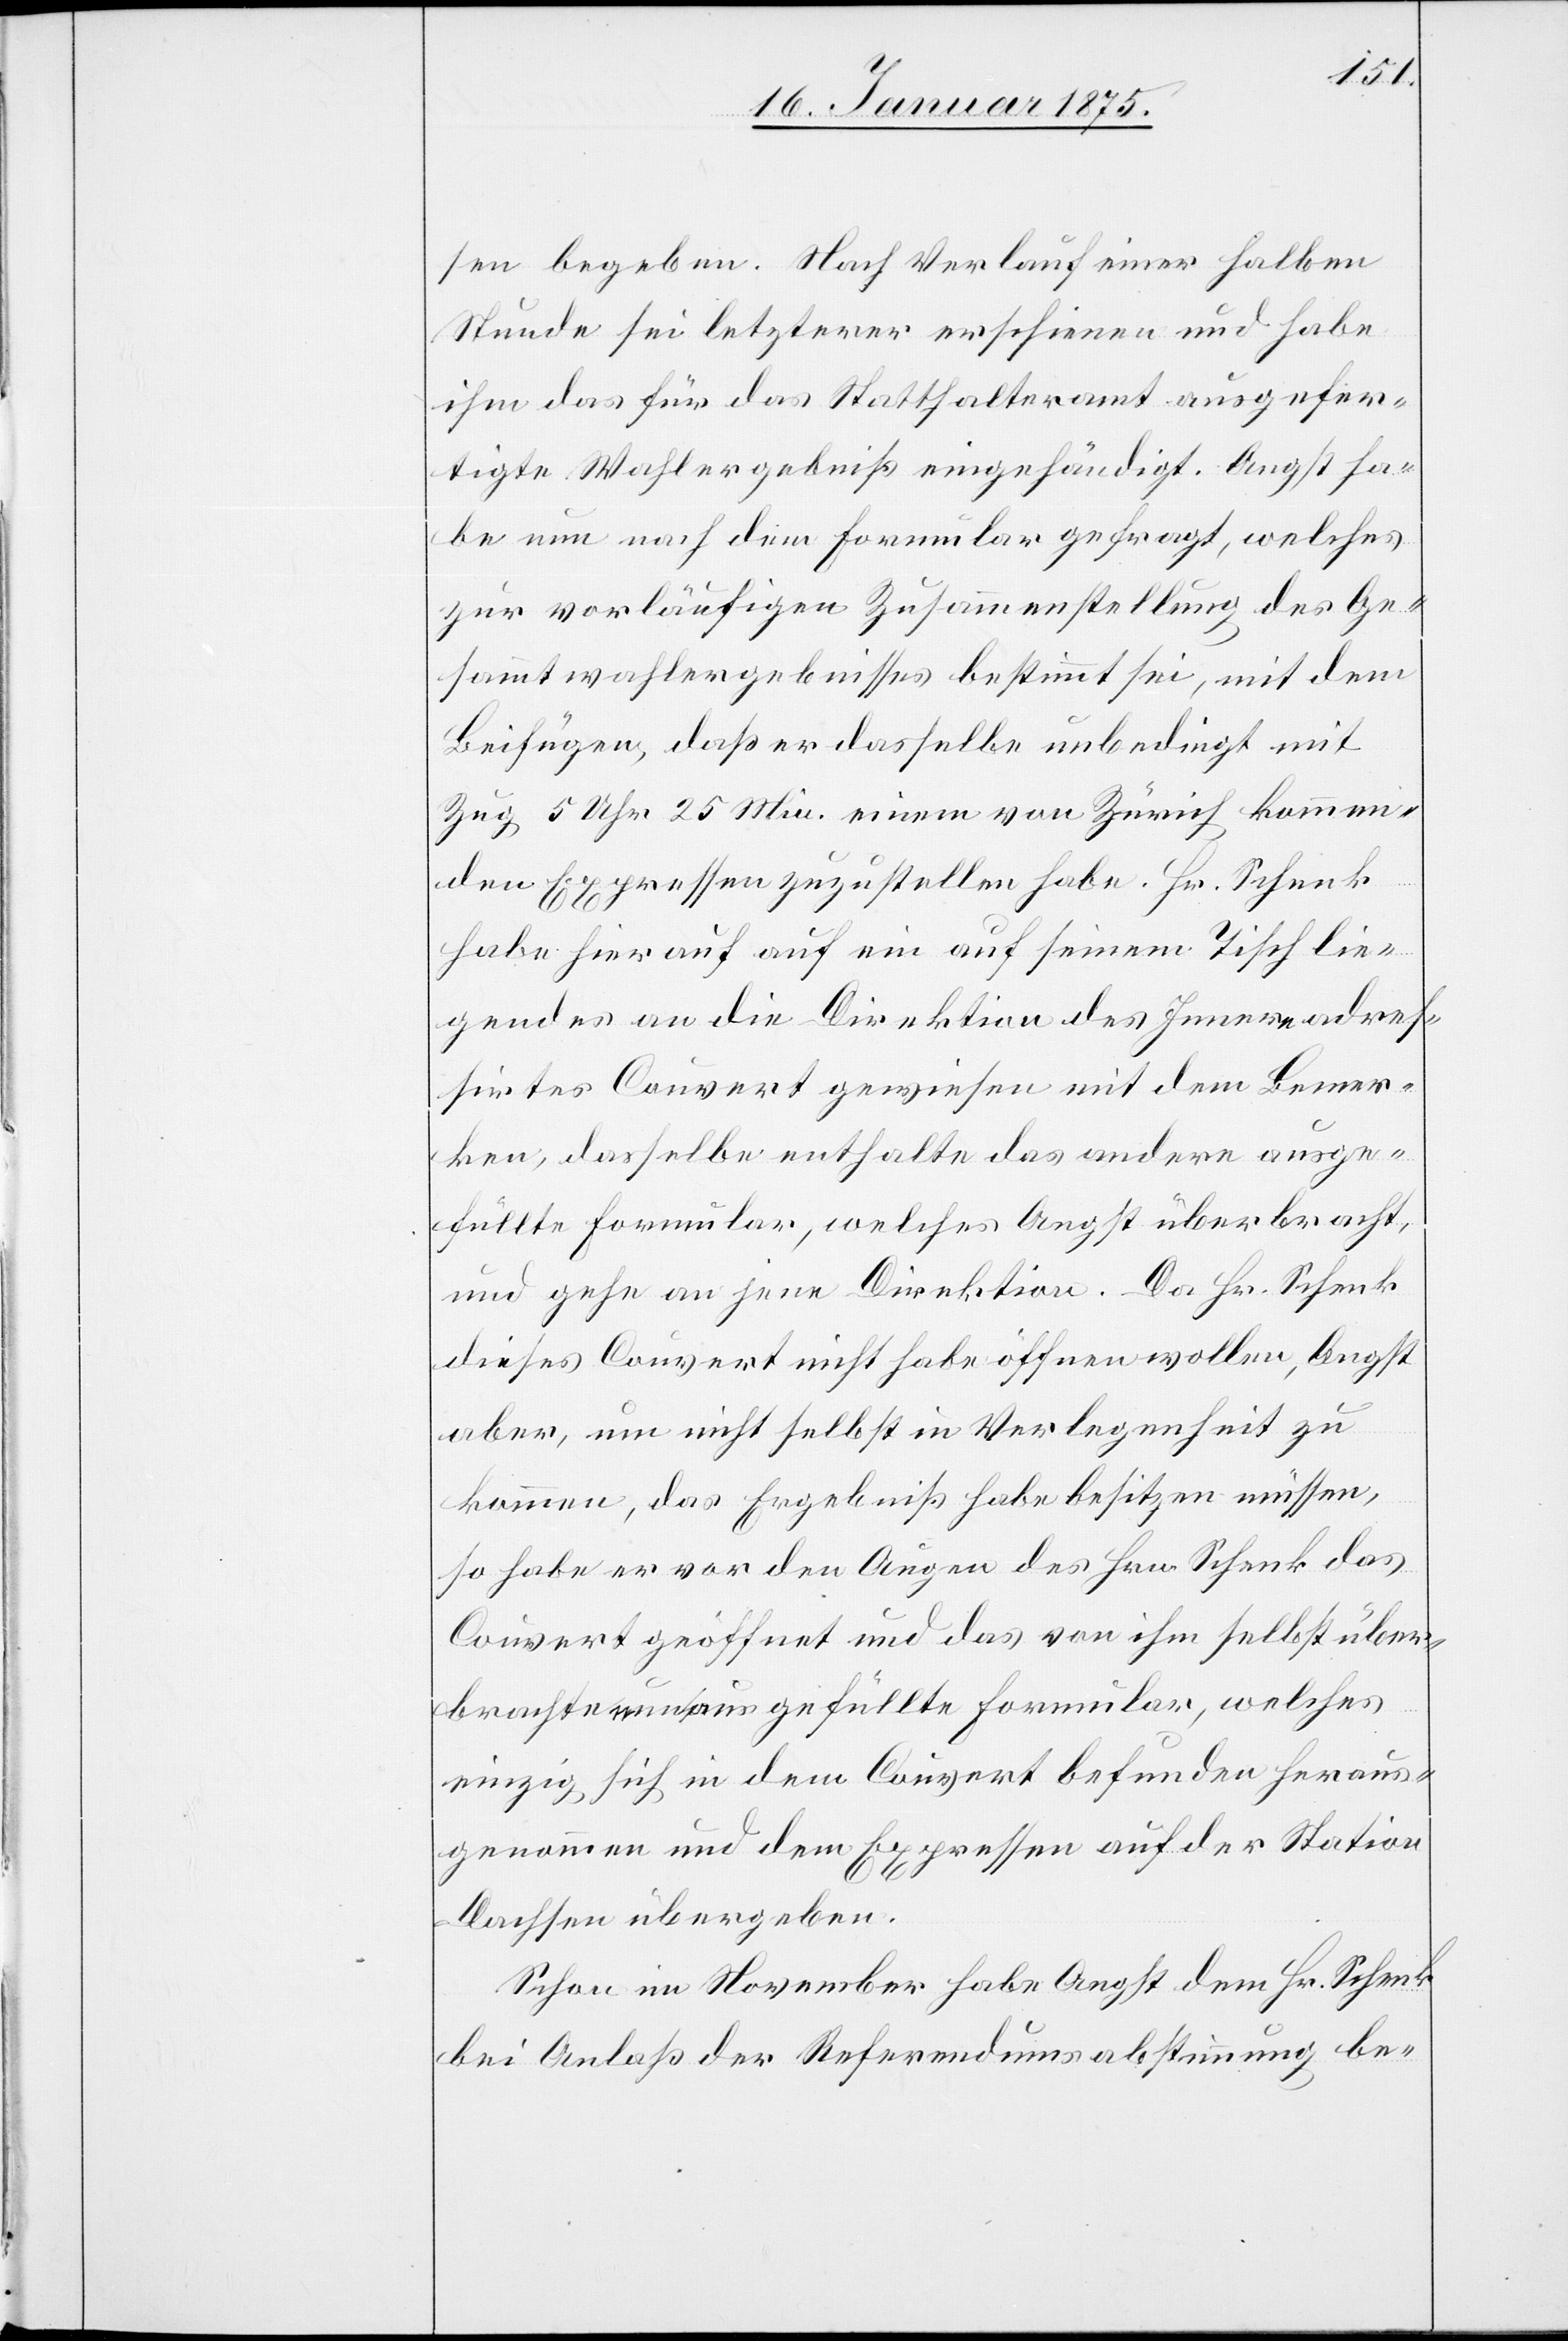
sen begeben. Nach Verlauf einer halben
Stunde sei letzterer erschienen und habe
ihm das für das Statthalteramt ausgefer¬
tigte Wahlergebniß eingehändigt. Angst ha¬
be nun nach dem Formular gefragt, welches
zur vorläufigen Zusammenstellung des Ge¬
sammtwahlergebisses bestimmt sei, mit dem
Beifügen, daß er dasselbe unbedingt mit
Zug 5 Uhr 25 Min. einem von Zürich kommen¬
den Expressen zuzustellen habe. Hr. Schenk
habe hierauf auf ein auf seinem Tisch lie¬
gendes an die Direktion des Innern adres¬
sirtes Couvert gewiesen mit dem Bemer¬
ken, dasselbe enthalte das andere ausge¬
füllte Formular, welches Angst überbracht,
und gehe an jene Direktion. Da Hr. Schenk
dieses Couvert nicht habe öffnen wollen, Angst
aber, um nicht selbst in Verlegenheit zu
kommen, das Ergebniß habe besitzen müssen,
so habe er vor den Augen des Herrn Schenk das
Couvert geöffnet und das von ihm selbst über¬
brachte nun ausgefüllte Formular, welches
einzig sich in dem Couvert befunden heraus¬
genommen und dem Expressen auf der Station
Dachsen übergeben.
Schon im November habe Angst dem Hr. Schenk
bei Anlaß der Referendumsabstimmung be-